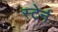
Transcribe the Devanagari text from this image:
स्टेर्न